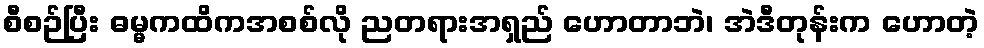
စီစဉ်ပြီး ဓမ္မကထိကအစစ်လို ညတရားအရှည် ဟောတာဘဲ၊ အဲဒီတုန်းက ဟောတဲ့